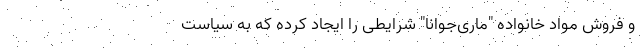
و فروش مواد خانواده "ماری‌جوانا" شرایطی را ایجاد کرده که به سیاست